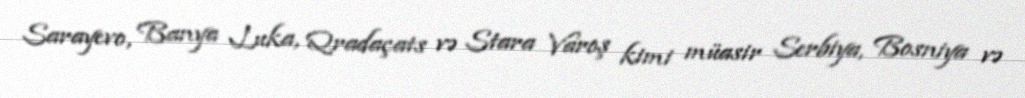
Sarayevo, Banya Luka, Qradaçats və Stara Varoş kimi müasir Serbiya, Bosniya və